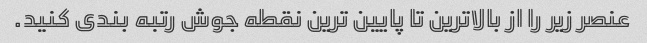
عنصر زیر را از بالاترین تا پایین ترین نقطه جوش رتبه بندی کنید.